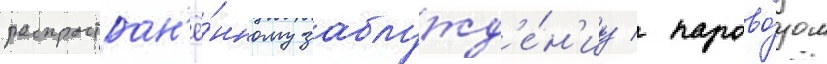
распростран'ё́нному заблужд'е́н'иу / парово́зом